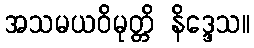
အသမယဝိမုတ္တိ နိဒ္ဒေသ။